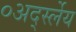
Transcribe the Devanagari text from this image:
०अर्द्स्लेय